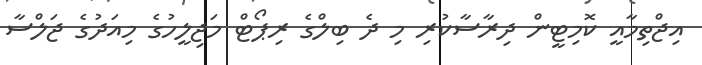
އިޖްތިމާއީ ކޮމިޓީން ދިރާސާކުރި މި ދެ ބިލްގެ ރިޕޯޓް މަޖިލީހުގެ މިއަދުގެ ޖަލްސާ